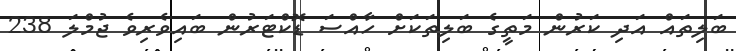
ބަލިތައް އަދި ކަރުން މަތީގެ ބަލިތަކަށް ހާއްސަ ޑޮކްޓަރުން ބައިވެރިވެ ޖުމްލަ 238